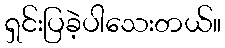
ရှင်းပြခဲ့ပါသေးတယ်။